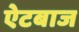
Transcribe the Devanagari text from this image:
ऐटबाज